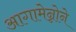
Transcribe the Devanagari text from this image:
आगामेन्नोने